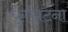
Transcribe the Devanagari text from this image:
धुर्गघटना